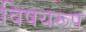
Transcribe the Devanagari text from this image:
विषयरूप